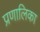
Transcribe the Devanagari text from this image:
प्रणालिका